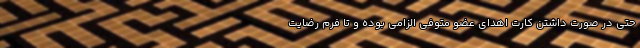
حتی در صورت داشتن کارت اهدای عضو متوفی الزامی بوده و تا فرم رضایت